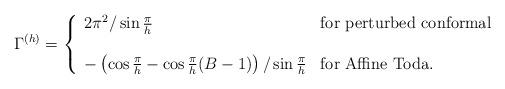
LaTeX: \begin{align*}\Gamma^{(h)}=\left\{\begin{array}{lll}2\pi^2/\sin\frac{\pi}{h} &{\rm for} \ {\rm perturbed \ conformal} \\ & & \\-\left(\cos\frac{\pi}{h}-\cos\frac{\pi}{h}(B-1)\right)/\sin\frac{\pi}{h} &{\rm for} \ {\rm Affine \ Toda.}\end{array}\right.\end{align*}